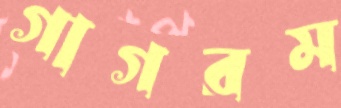
গাগরম